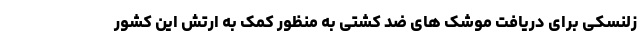
زلنسکی برای دریافت موشک های ضد کشتی به منظور کمک به ارتش این کشور